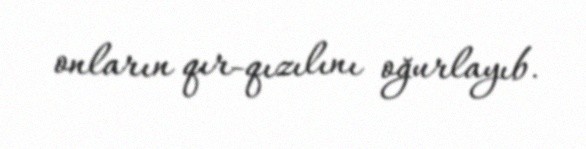
onların qır-qızılını oğurlayıb.